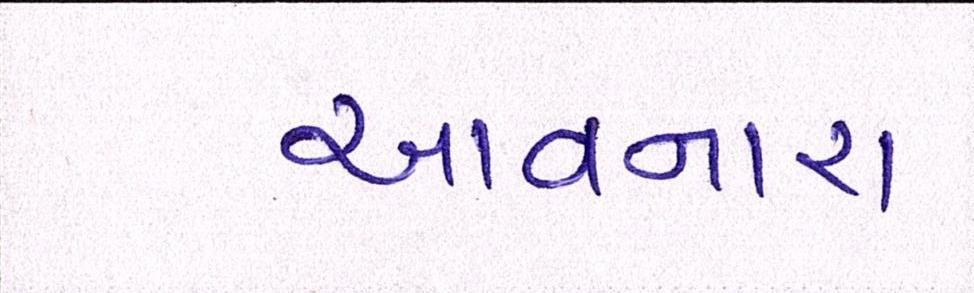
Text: આવનારા